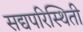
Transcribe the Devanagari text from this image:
सद्यपरिस्थिती